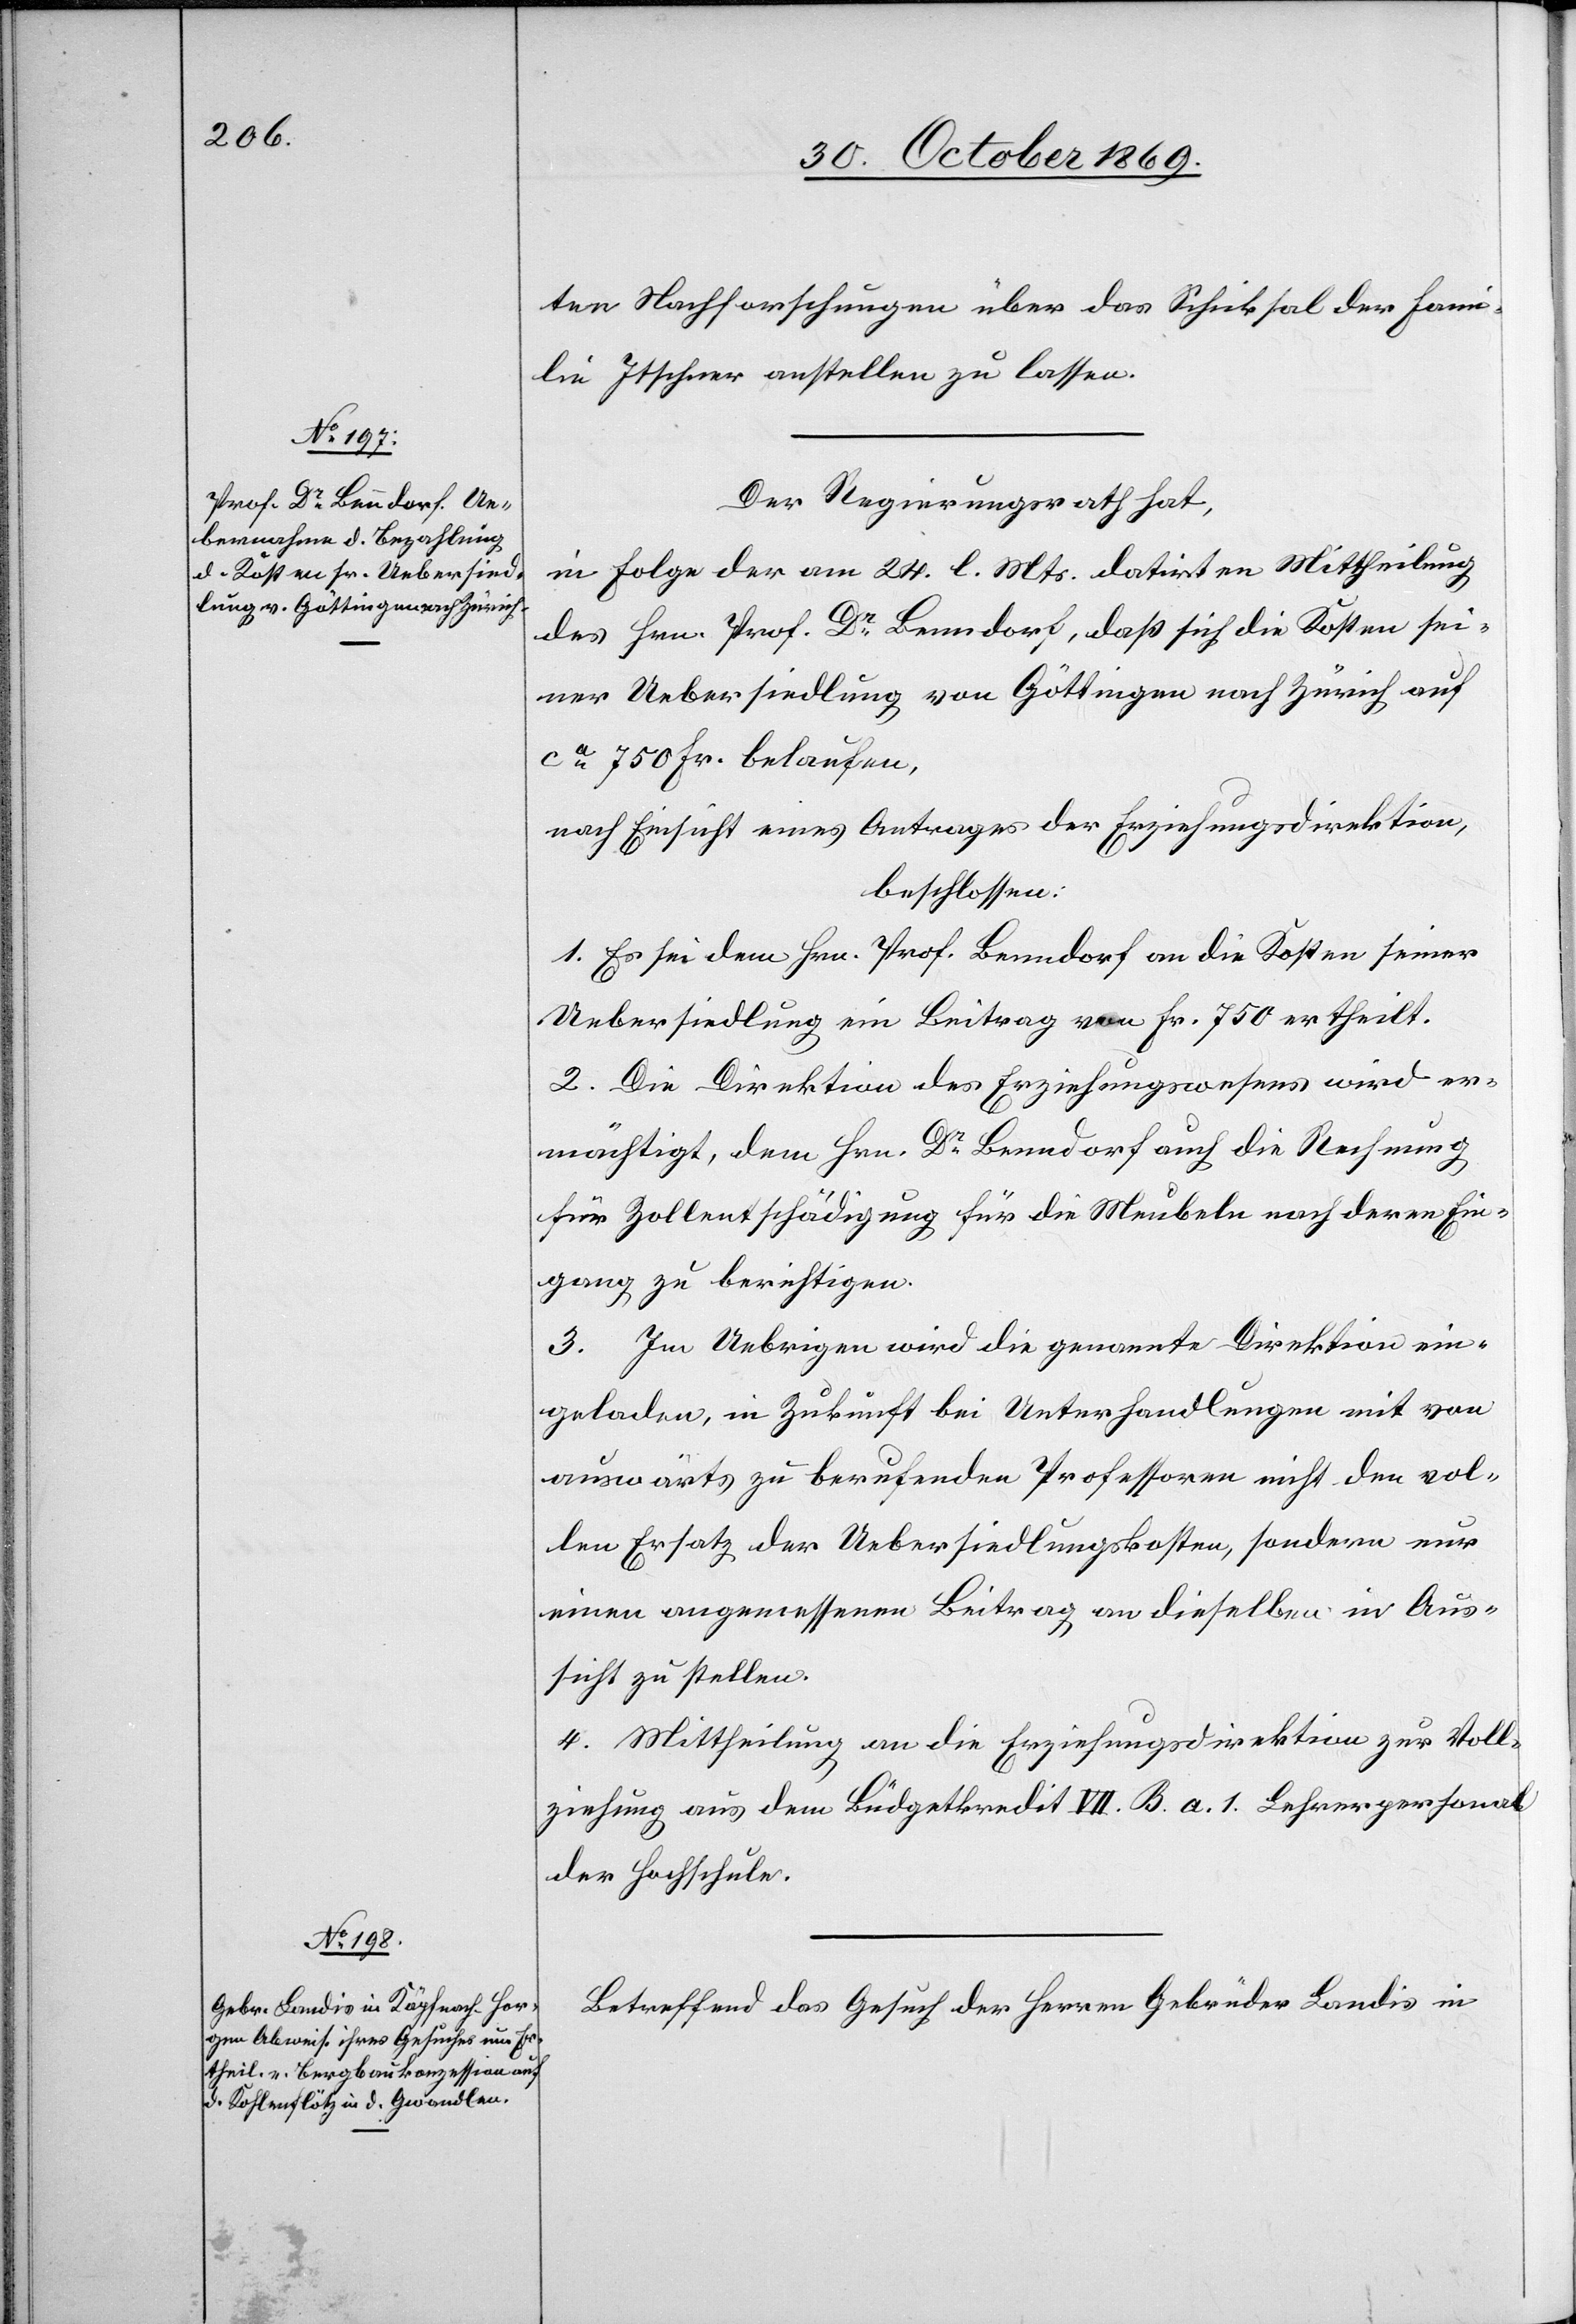
ten Nachforschungen über das Schicksal der Fami¬
lie Itschner anstellen zu lassen.
Der Regierungsrath hat,
in Folge der am 24. l. Mts. datirten Mittheilung
des Hrn. Prof. Dr Benndorf, daß sich die Kosten sei¬
ner Uebersiedlung von Göttingen nach Zürich auf
ca 750 Fr. belaufen,
nach Einsicht eines Antrages der Erziehungsdirektion,
beschlossen:
1. Es sei dem Hrn. Prof. Benndorf an die Kosten seiner
Uebersiedlung ein Beitrag von Fr. 750 ertheilt.
2. Die Direktion des Erziehungswesens wird er¬
mächtigt, dem Hrn. Dr Benndorf auch die Rechnung
für Zollentschädigung für die Meubeln nach deren Ein¬
gang zu berichtigen.
3. Im Uebrigen wird die genannte Direktion ein¬
geladen, in Zukunft bei Unterhandlungen mit von
auswärts zu berufenden Professoren nicht den vol¬
len Ersatz der Uebersiedlungskosten, sondern nur
einen angemessenen Beitrag an dieselben in Aus¬
sicht zu stellen.
4. Mittheilung an die Erziehungsdirektion zur Voll¬
ziehung aus dem Büdgetkredit VII. B. a. 1. Lehrerpersonal
der Hochschule.